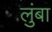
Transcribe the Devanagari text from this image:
लुंबा